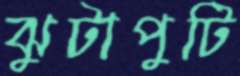
ঝুটাপুটি